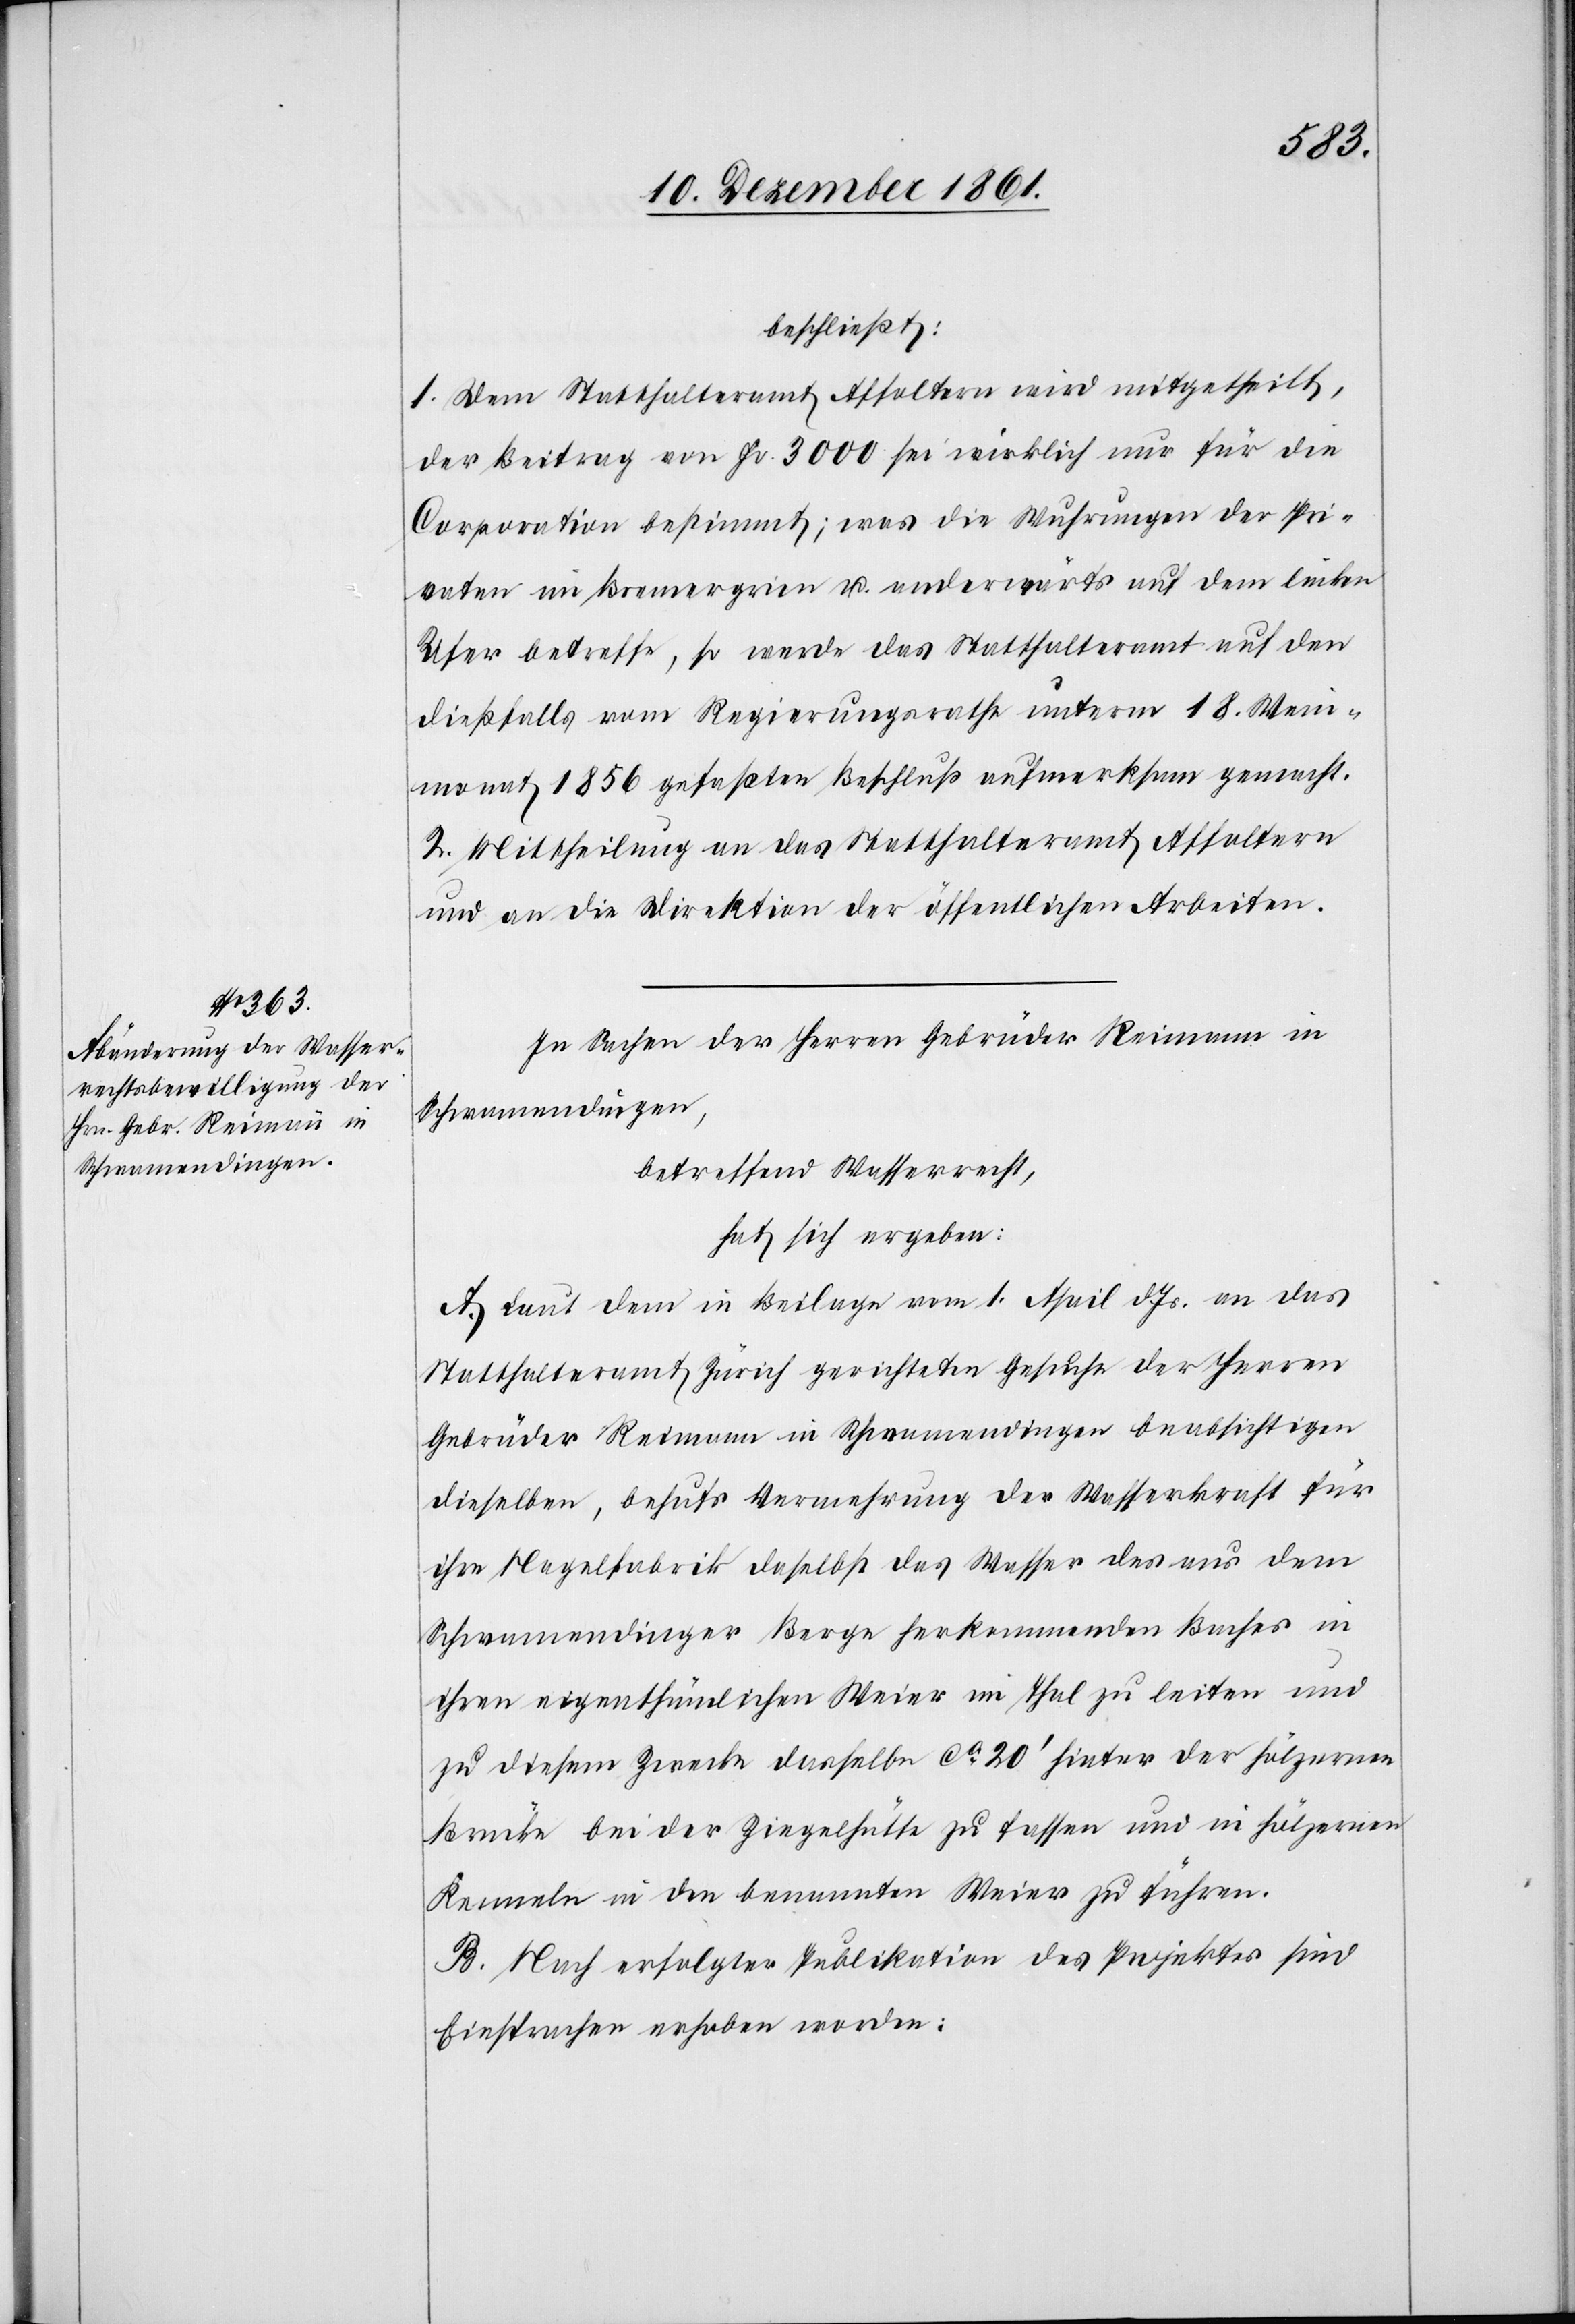
beschließt:
1. Dem Statthalteramt Affoltern wird mitgetheilt,
der Beitrag von Fr. 3000 sei wirklich nur für die
Corporation bestimmt; was die Wuhrungen der Pri¬
vaten im Bremergrien u. anderwärts auf dem linken
Ufer betreffe, so werde das Statthalteramt auf den
dießfalls vom Regierungsrathe unterm 18 Wein¬
monat 1856 gefaßten Beschluß aufmerksam gemacht.
2. Mittheilung an das Statthalteramt Affoltern
und an die Direktion der öffentlichen Arbeiten.
In Sachen der Herren Gebrüder Reimann in
Schwamendingen,
betreffend Wasserrecht,
hat sich ergeben:
A. Laut dem in Beilage vom 1 April d. Js. an das
Statthalteramt Zürich gerichteten Gesuche der Herrn
Gebrüder Reimann in Schwamendingen beabsichtigen
dieselben, behufs Vemehrung der Wasserkraft für
ihre Nagelfabrik daselbst das Wasser des aus dem
Schwamendinger Berge herkommenden Baches in
ihren eigenthümlichen Weier im Thal zu leiten und
zu diesem Zwecke dasselbe ca 20’ hinter der hölzernen
Brücke bei der Ziegelhütte zu fassen und in hölzernen
Kenneln in den benannten Weier zu führen.
B. Nach erfolgter Publikation des Projektes sind
Einsprachen erhoben worden: